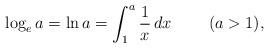
LaTeX: \begin{align*}\log_e a = \ln a = \int_1^a \frac 1 x\, dx \;\;\;\;\;\;\;\;(a>1),\end{align*}